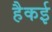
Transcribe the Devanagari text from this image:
हैकई